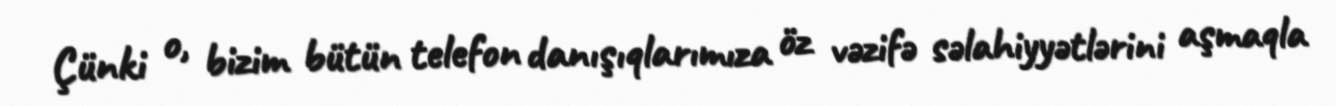
Çünki o, bizim bütün telefon danışıqlarımıza öz vəzifə səlahiyyətlərini aşmaqla